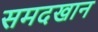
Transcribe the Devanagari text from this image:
समदखान